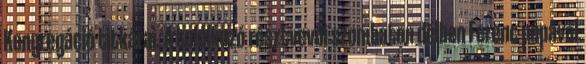
Kongregáció titkárai. A találkozó résztvevői szombaton délben Ferenc pápával